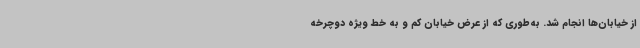
از خیابان‌ها انجام شد. به‌طوری که از عرض خیابان کم و به خط ویژه دوچرخه